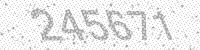
Solution: 245671